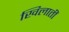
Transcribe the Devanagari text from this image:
खिलातीं